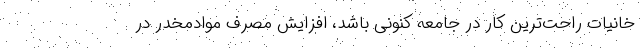
خانیات راحت‌ترین کار در جامعه کنونی باشد، افزایش مصرف موادمخدر در